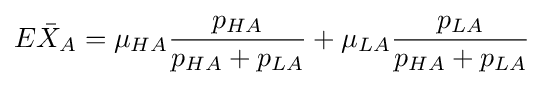
E{\bar {X}}_{A}=\mu _{HA}{\frac {p_{HA}}{p_{HA}+p_{LA}}}+\mu _{LA}{\frac {p_{LA}}{p_{HA}+p_{LA}}}